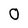
Character: 0